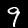
Label: 9